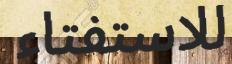
للاستفتاء